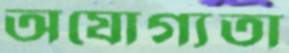
অযোগ্যতা